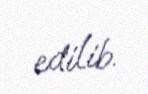
edilib.